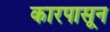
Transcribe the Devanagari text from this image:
कारपासून